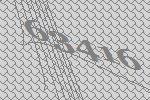
63416